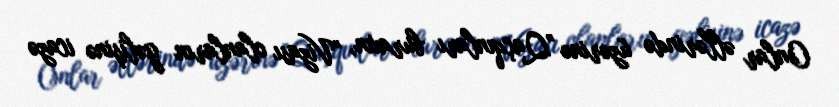
Onlar əllərində üzərinə "Qaçqınları buraxın, "Vizası olanların gəlişinə icazə